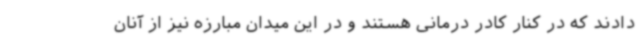
دادند که در کنار کادر درمانی هستند و در این میدان مبارزه نیز از آنان